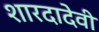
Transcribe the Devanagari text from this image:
शारदादेवी